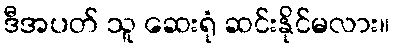
ဒီအပတ် သူ ဆေးရုံ ဆင်းနိုင်မလား။